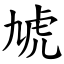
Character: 虓